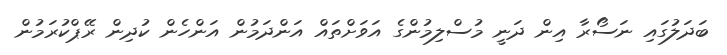
ބަދަލުގައި ނަސޯރާ އިން ދަނީ މުސްލިމުންގެ އަވަށްތައް އަންދަމުން އަންހެން ކުދިން ރޭޕްކުރަމުން